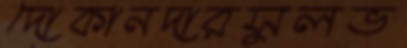
দোকানদারসুলভ